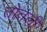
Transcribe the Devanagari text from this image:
तोतली